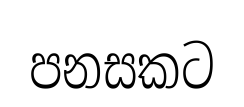
පනසකට